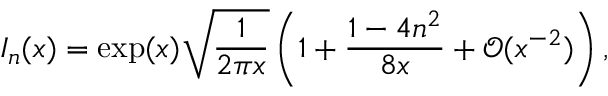
I _ { n } ( x ) = \exp ( x ) \sqrt { \frac { 1 } { 2 \pi x } } \left( 1 + \frac { 1 - 4 n ^ { 2 } } { 8 x } + \mathcal { O } ( x ^ { - 2 } ) \right) ,